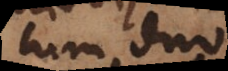
Cum duo